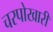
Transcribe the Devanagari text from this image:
चरपोखारी